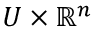
U \times \mathbb { R } ^ { n }